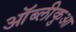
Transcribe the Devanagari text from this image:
ऑब्लीकुआ